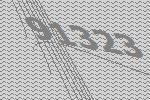
91323